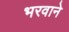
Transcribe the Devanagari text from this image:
भरवाने